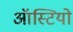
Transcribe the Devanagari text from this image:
ऑस्टियो